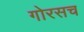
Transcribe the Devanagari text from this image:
गोरसच